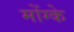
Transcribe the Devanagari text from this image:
मोंग्के